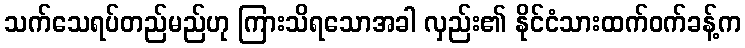
သက်သေရပ်တည်မည်ဟု ကြားသိရသောအခါ လှည်း၏ နိုင်ငံသားထက်ဝက်ခန့်က